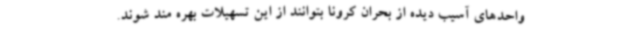
واحدهای آسیب دیده از بحران کرونا بتوانند از این تسهیلات بهره مند شوند.